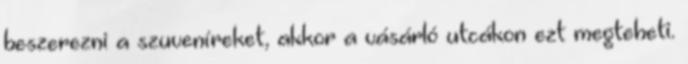
beszerezni a szuveníreket, akkor a vásárló utcákon ezt megteheti.